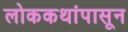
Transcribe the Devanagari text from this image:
लोककथांपासून